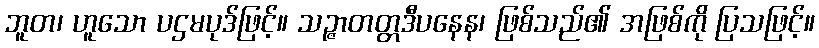
ဘူတ၊ ဟူသော ပဌမပုဒ်ဖြင့်။ သဉ္ဇာတတ္တဒီပနေန၊ ဖြစ်သည်၏ အဖြစ်ကို ပြသဖြင့်။